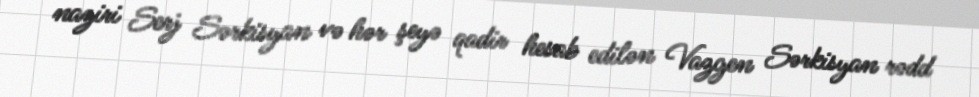
naziri Serj Sərkisyan və hər şeyə qadir hesab edilən Vazgen Sərkisyan rədd